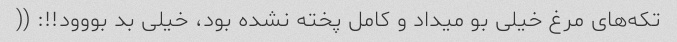
تکه‌های مرغ خیلی بو میداد و کامل پخته نشده بود، خیلی بد بووود!!: ((